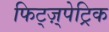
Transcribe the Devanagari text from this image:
फिट्ज़्पेट्रिक